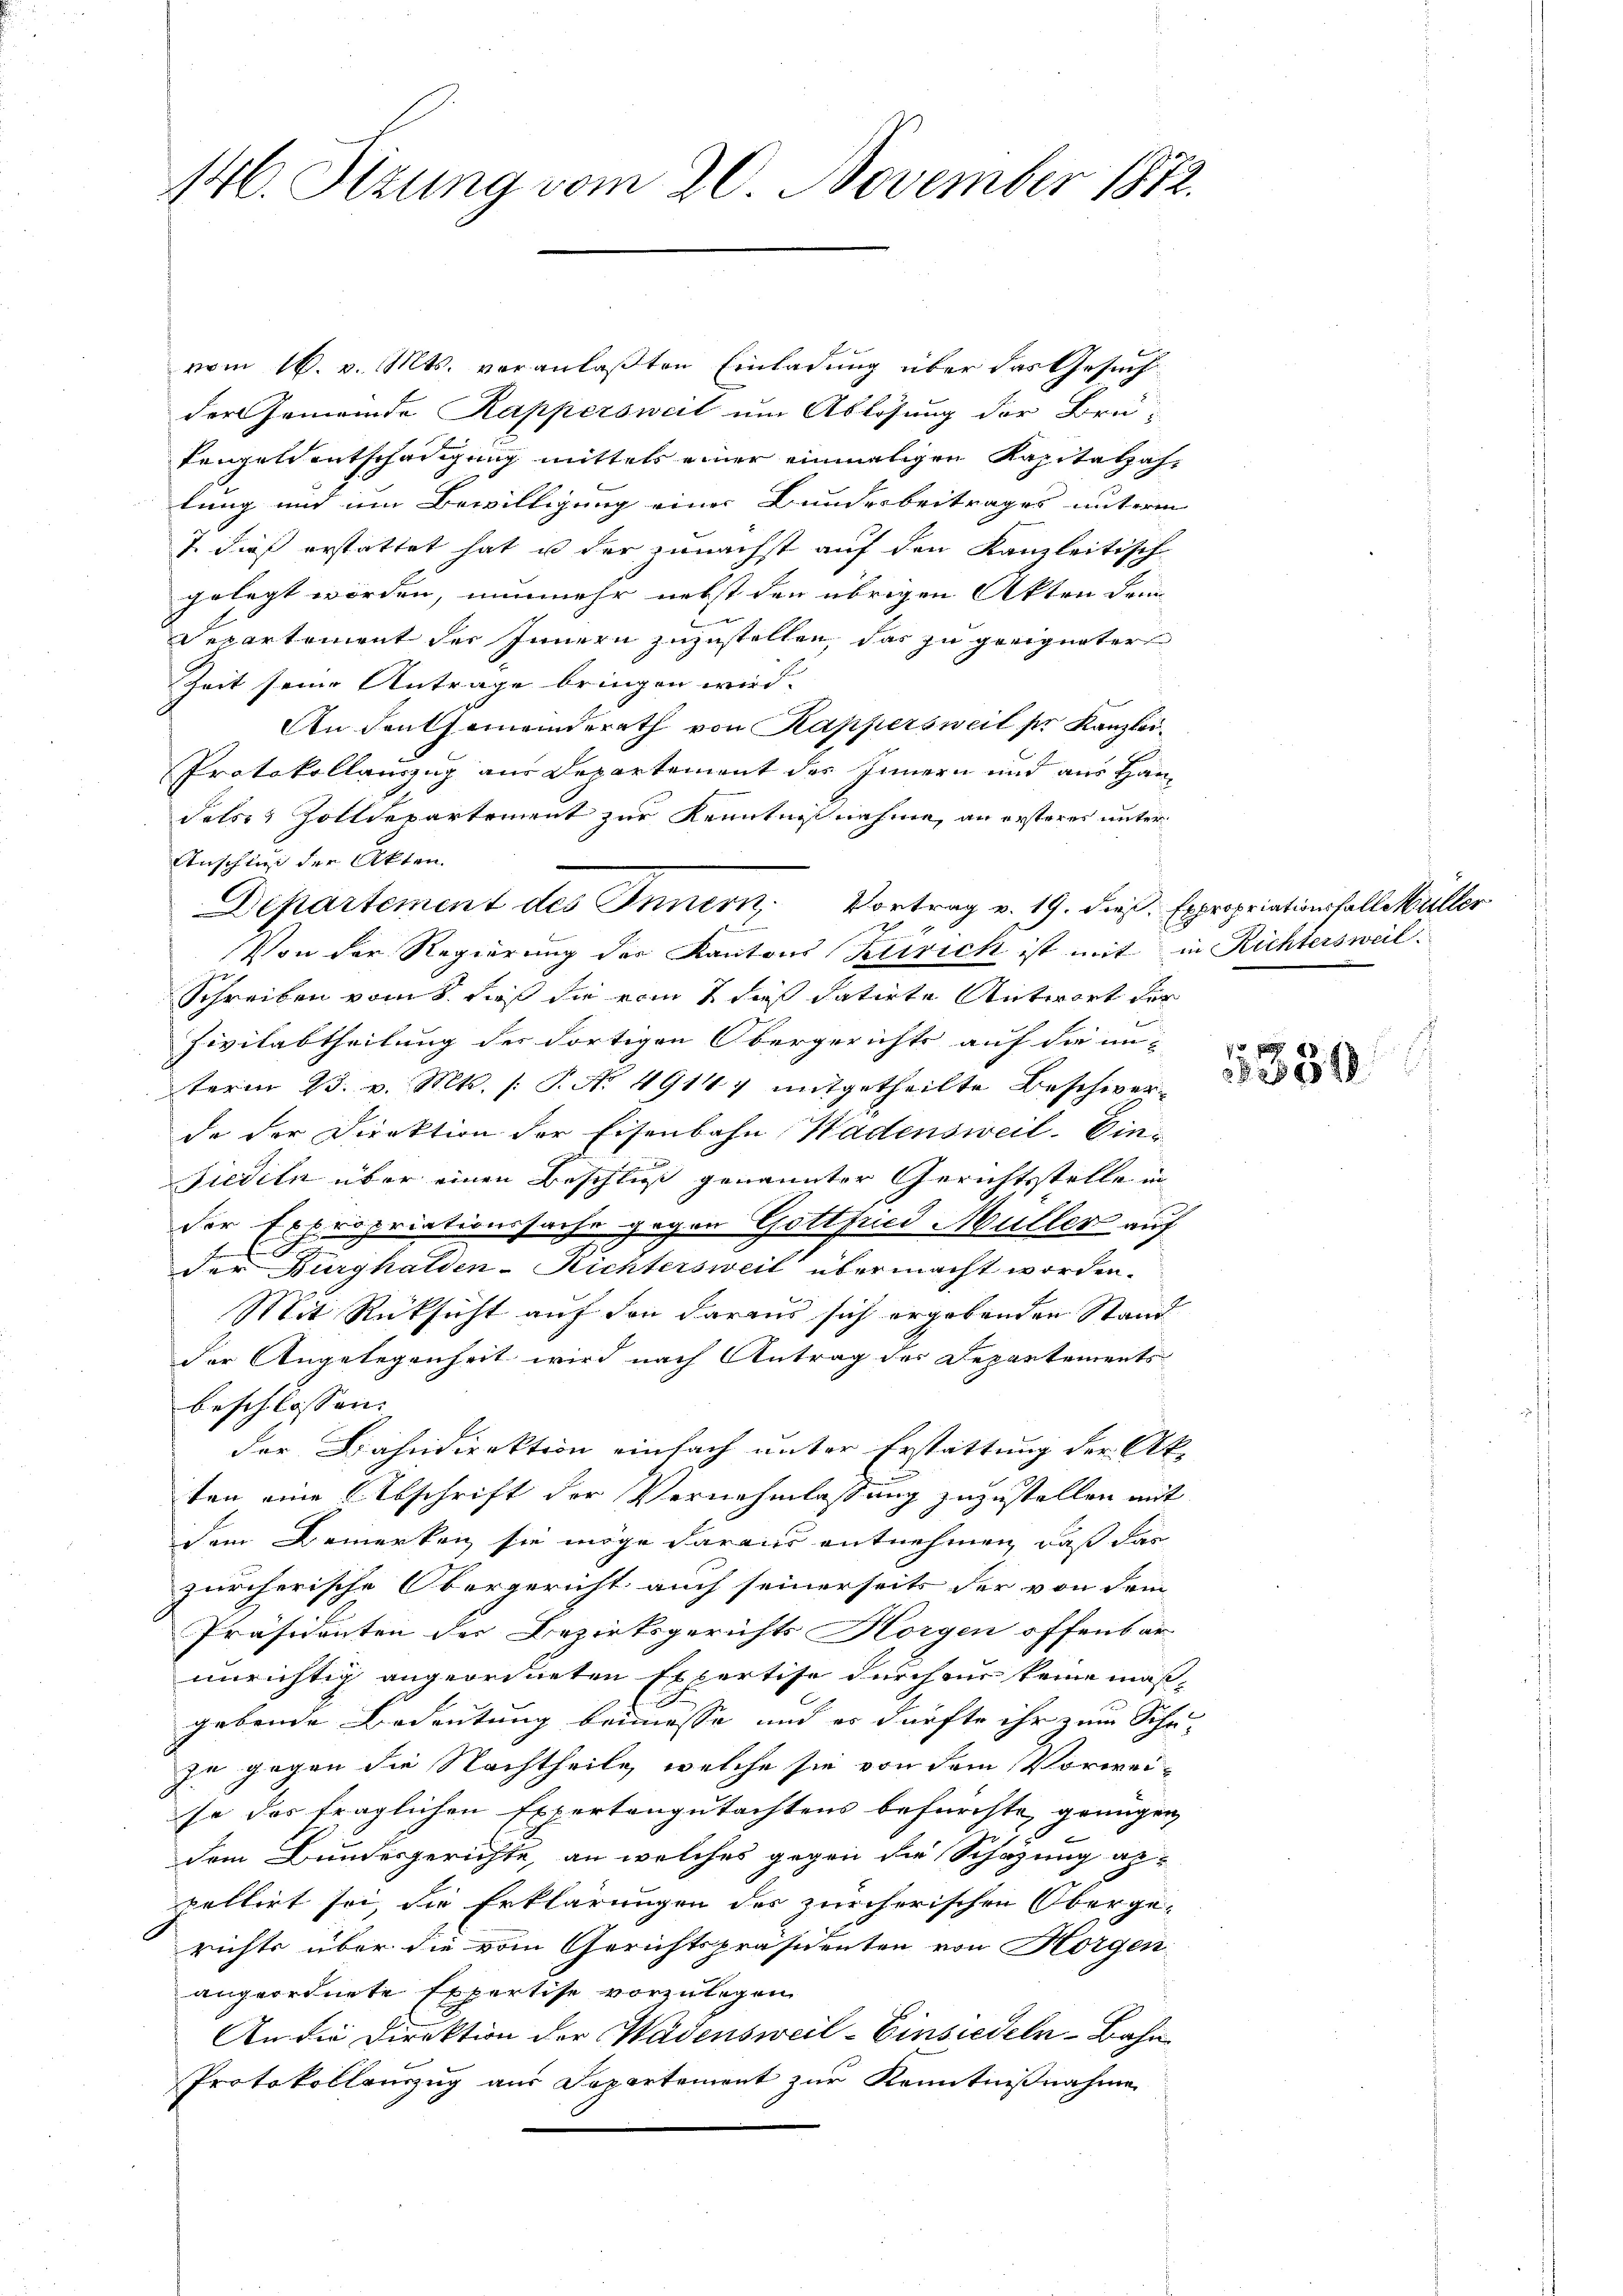
vom 16. v. Mts. veranlaßten Einladung über das Gesuch
der Gemeinde Kappersweil um Ablösung der Brukengeldentschädigung mittels einer einmaligen Kapitalzahlung und um Bewilligung einer Bundesbeitrages unterm
? dieß erstattet hat u der zunächst auf den Kanzleitisch
gelegt worden, nunmehr nebst den übrigen Akten dem
Separtement der Innern zuzustellen, das zu geeigneter
Zeit seine Antrage bringen wird.
An Den Gemeinderath von Kappersweil ser Kanzlei¬
Protokollauszug aus Departement des Innern und aus Han¬
Falses Zolldepartement zur Kenntnißnahme an ersteres unter¬
Anschluß der Akten.
Von der Regierung der Kantons Klirich ist mit in Richtersweil.
Schreiben kant dieß da vom 7 dieß datirte Antwort der
Zivilabtheilung des dortigen Obergerichts auf die un-
term 23. v. Mts. (T. No. 49147 mitgetheilte Beschierde der Direktion der Eisenbahn Wadensweil. Ein¬
Siedeln über einen Beschluß genannter Gerichtsstelle in
der Expropriationssache gegen Gottfried Müller auf
der Burghalden-Richtersweil übermacht worden.
Mit Rücksicht auf den daraus sich ergebenden Stand
der Angelegenheit wird nach Antrag des Departements
beschlossen. |
der Bahndirektion einfach unter Erstattung der Ak
ten eine Abschrift der Vernehmlassung zuzustellen mit
dem Bemerken sie möge daraus entnehmen, daß das
zürcherische Obergericht auch seinerseits der von dem
Präsidenten der Bezirksgerichts Horgen offenbar
unrichtig angeordneten Expertise durch nur keine maßgebende Bedeutung beimesse und es dürfte ihr zum Schn
ja gegen die Nachtheile, welche sie von dem Vorwei-
so das fraglichen Expertengutachtens befürchte geangen
dem Bundesgerichte, an welches gegen die Schazung ap-
pellirt sei, die Erklärungen des zürcherischen Oberge-
richts über die vom Gerichtspräsidenten von Horgen
angeordnete Expertise vorzulegen
An die Direktion der Wadensweil–Einsiedeln - Bahn
Protokollenzug aus Departement zur Kenntnißnahme

146. Sizung vom 20. November 1872.

Departement des Innern Vortrag v. 19. dieß. Expropriationsfall Müller
2
x

1330